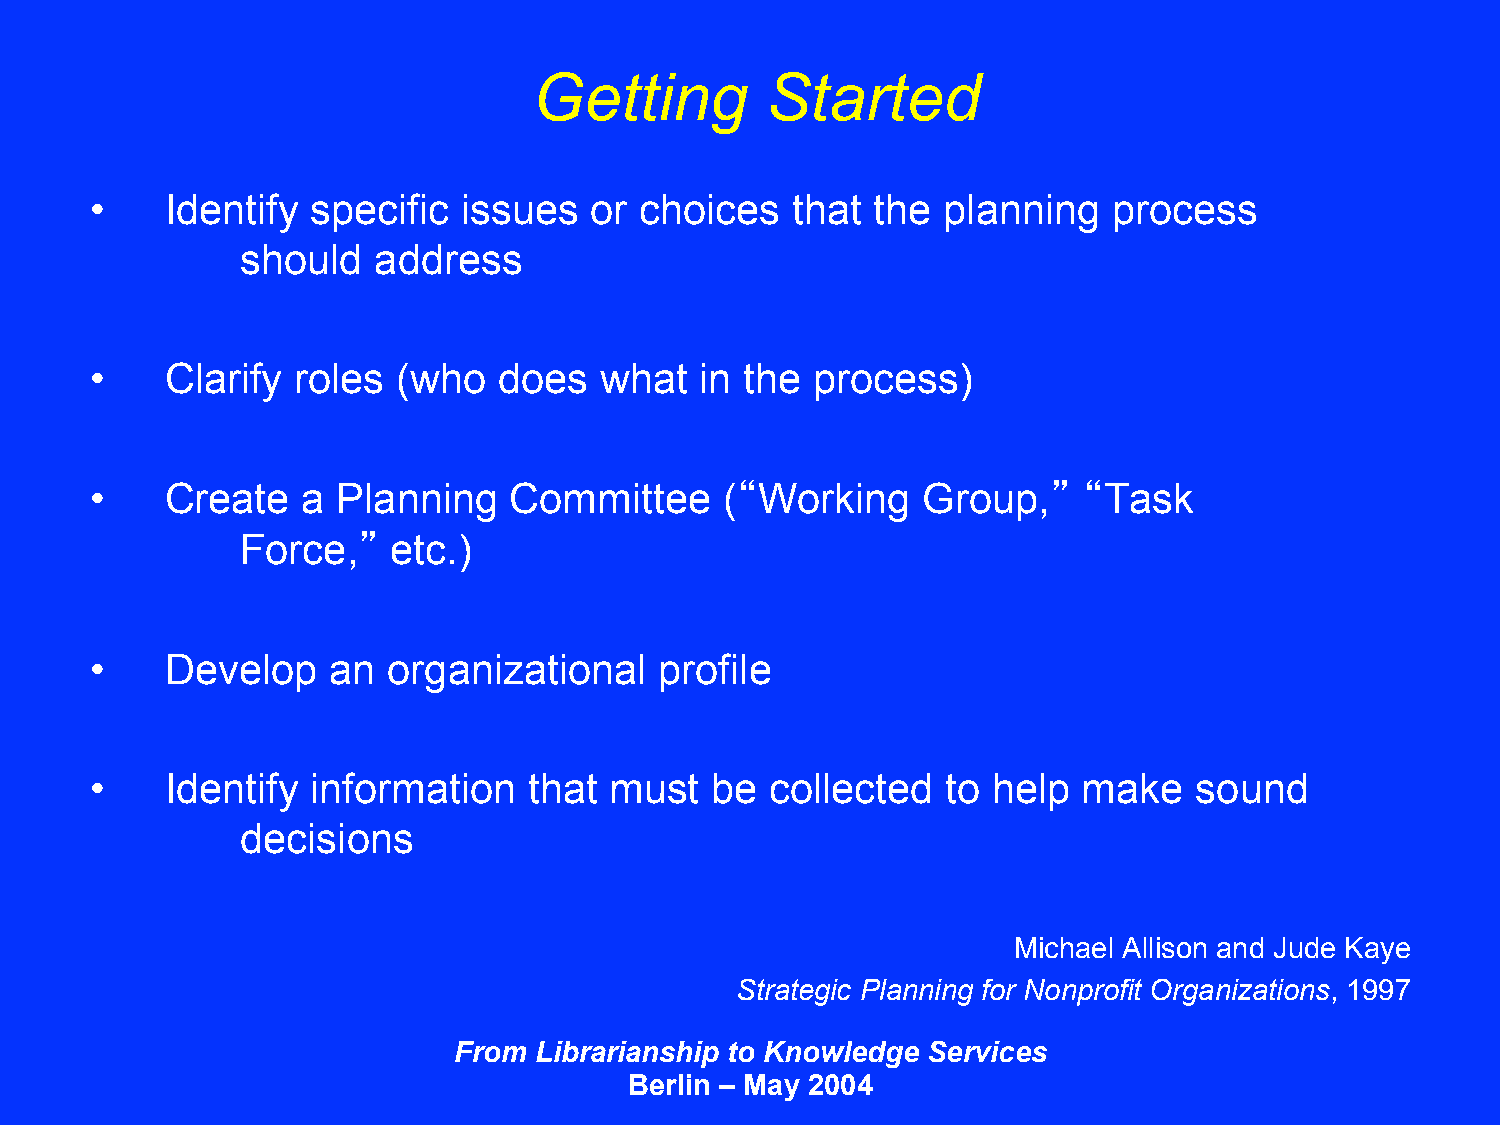
Getting         Started
 •    Identify  specific  issues  or choices   that  the planning    process
 should   address
 •    Clarify  roles (who   does   what  in the  process)
 •    Create   a Planning    Committee     (“Working    Group,”    “Task
 Force,”   etc.)
 •    Develop    an  organizational    profile
 •    Identify  information   that must   be  collected   to help  make   sound
 decisions
 Michael Allison and Jude Kaye
 Strategic Planning for Nonprofit Organizations, 1997
 From Librarianship to Knowledge Services
 Berlin – May 2004